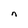
Character: n